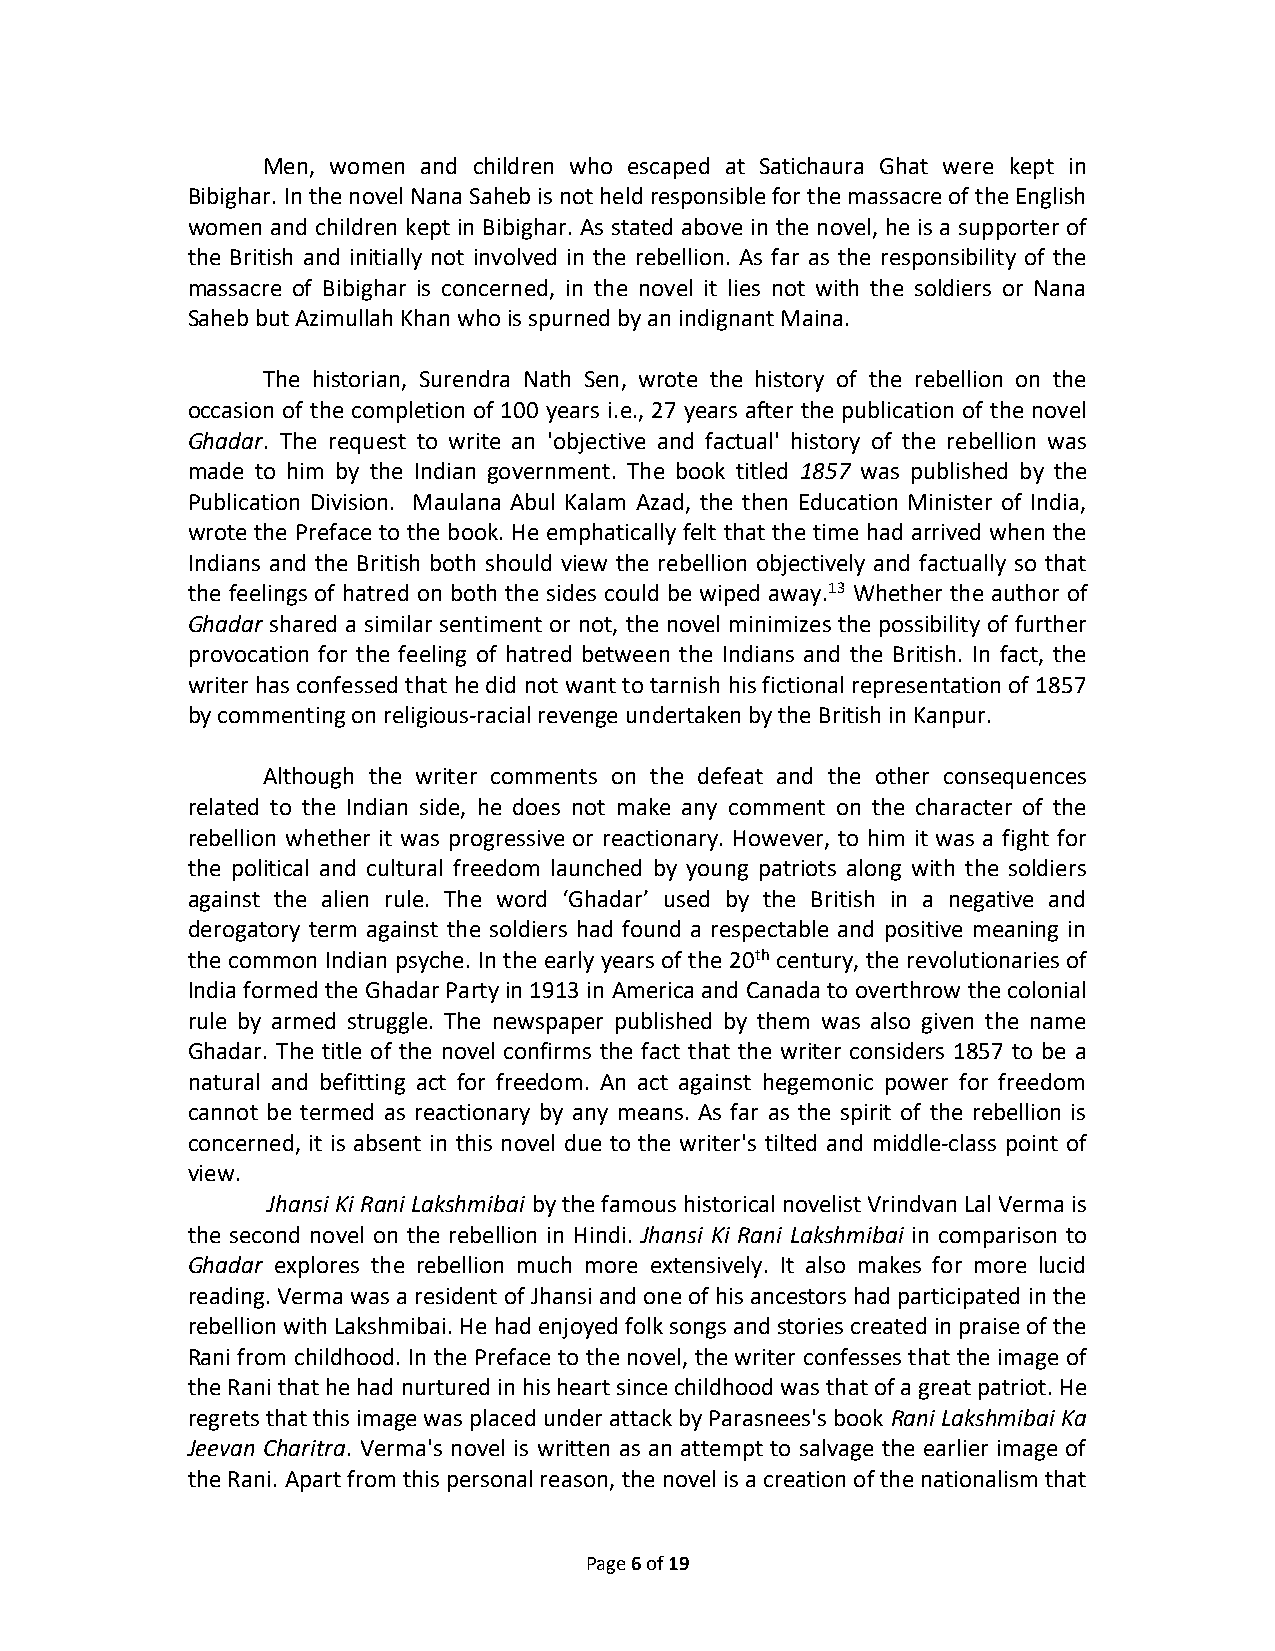
Men, women and children who escaped at Satichaura Ghat were kept in
 Bibighar. In the novel Nana Saheb is not held responsible for the massacre of the English
 women and children kept in Bibighar. As stated above in the novel, he is a supporter of
 the British and initially not involved in the rebellion. As far as the responsibility of the
 massacre of Bibighar is concerned, in the novel it lies not with the soldiers or Nana
 Saheb but Azimullah Khan who is spurned by an indignant Maina.
 The historian, Surendra Nath Sen, wrote the history of the rebellion on the
 occasion of the completion of 100 years i.e., 27 years after the publication of the novel
 Ghadar. The request to write an 'objective and factual' history of the rebellion was
 made to him by the Indian government. The book titled 1857 was published by the
 Publication Division. Maulana Abul Kalam Azad, the then Education Minister of India,
 wrote the Preface to the book. He emphatically felt that the time had arrived when the
 Indians and the British both should view the rebellion objectively and factually so that
 the feelings of hatred on both the sides could be wiped away.13 Whether the author of
 Ghadar shared a similar sentiment or not, the novel minimizes the possibility of further
 provocation for the feeling of hatred between the Indians and the British. In fact, the
 writer has confessed that he did not want to tarnish his fictional representation of 1857
 by commenting on religious-racial revenge undertaken by the British in Kanpur.
 Although the writer comments on the defeat and the other consequences
 related to the Indian side, he does not make any comment on the character of the
 rebellion whether it was progressive or reactionary. However, to him it was a fight for
 the political and cultural freedom launched by young patriots along with the soldiers
 against the alien rule. The word ‘Ghadar’ used by the British in a negative and
 derogatory term against the soldiers had found a respectable and positive meaning in
 the common Indian psyche. In the early years of the 20th century, the revolutionaries of
 India formed the Ghadar Party in 1913 in America and Canada to overthrow the colonial
 rule by armed struggle. The newspaper published by them was also given the name
 Ghadar. The title of the novel confirms the fact that the writer considers 1857 to be a
 natural and befitting act for freedom. An act against hegemonic power for freedom
 cannot be termed as reactionary by any means. As far as the spirit of the rebellion is
 concerned, it is absent in this novel due to the writer's tilted and middle-class point of
 view.
 Jhansi Ki Rani Lakshmibai by the famous historical novelist Vrindvan Lal Verma is
 the second novel on the rebellion in Hindi. Jhansi Ki Rani Lakshmibai in comparison to
 Ghadar explores the rebellion much more extensively. It also makes for more lucid
 reading. Verma was a resident of Jhansi and one of his ancestors had participated in the
 rebellion with Lakshmibai. He had enjoyed folk songs and stories created in praise of the
 Rani from childhood. In the Preface to the novel, the writer confesses that the image of
 the Rani that he had nurtured in his heart since childhood was that of a great patriot. He
 regrets that this image was placed under attack by Parasnees's book Rani Lakshmibai Ka
 Jeevan Charitra. Verma's novel is written as an attempt to salvage the earlier image of
 the Rani. Apart from this personal reason, the novel is a creation of the nationalism that
 Page 6 of 19